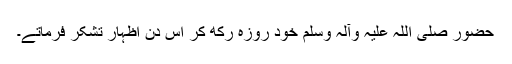
حضور صلی اللہ علیہ وآلہ وسلم خود روزہ رکھ کر اس دن اظہارِ تشکر فرماتے۔